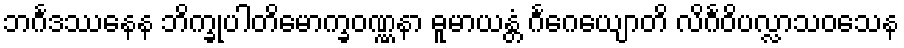
ဘင်္ဂဒဿနေန ဘိက္ခုပါတိမောက္ခဝဏ္ဏနာ ဓူမာယန္တံ ဂင်္ဂေယျောတိ လိင်္ဂဝိပလ္လာသဝသေန